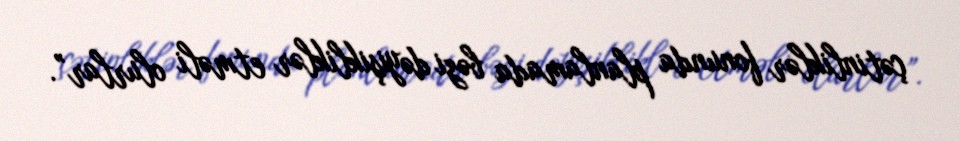
çətinliklər fonunda planlamada bəzi dəyişikliklər etməli olurlar”.